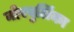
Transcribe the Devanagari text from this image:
नोरबुलिंका